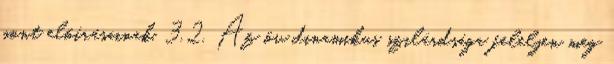
pont elõírásainak. 3.2. Az öv dinamikus szilárdsága feleljen meg